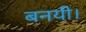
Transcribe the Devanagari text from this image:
बनयी।